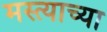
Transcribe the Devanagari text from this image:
मस्त्याच्या